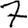
Digit: 7